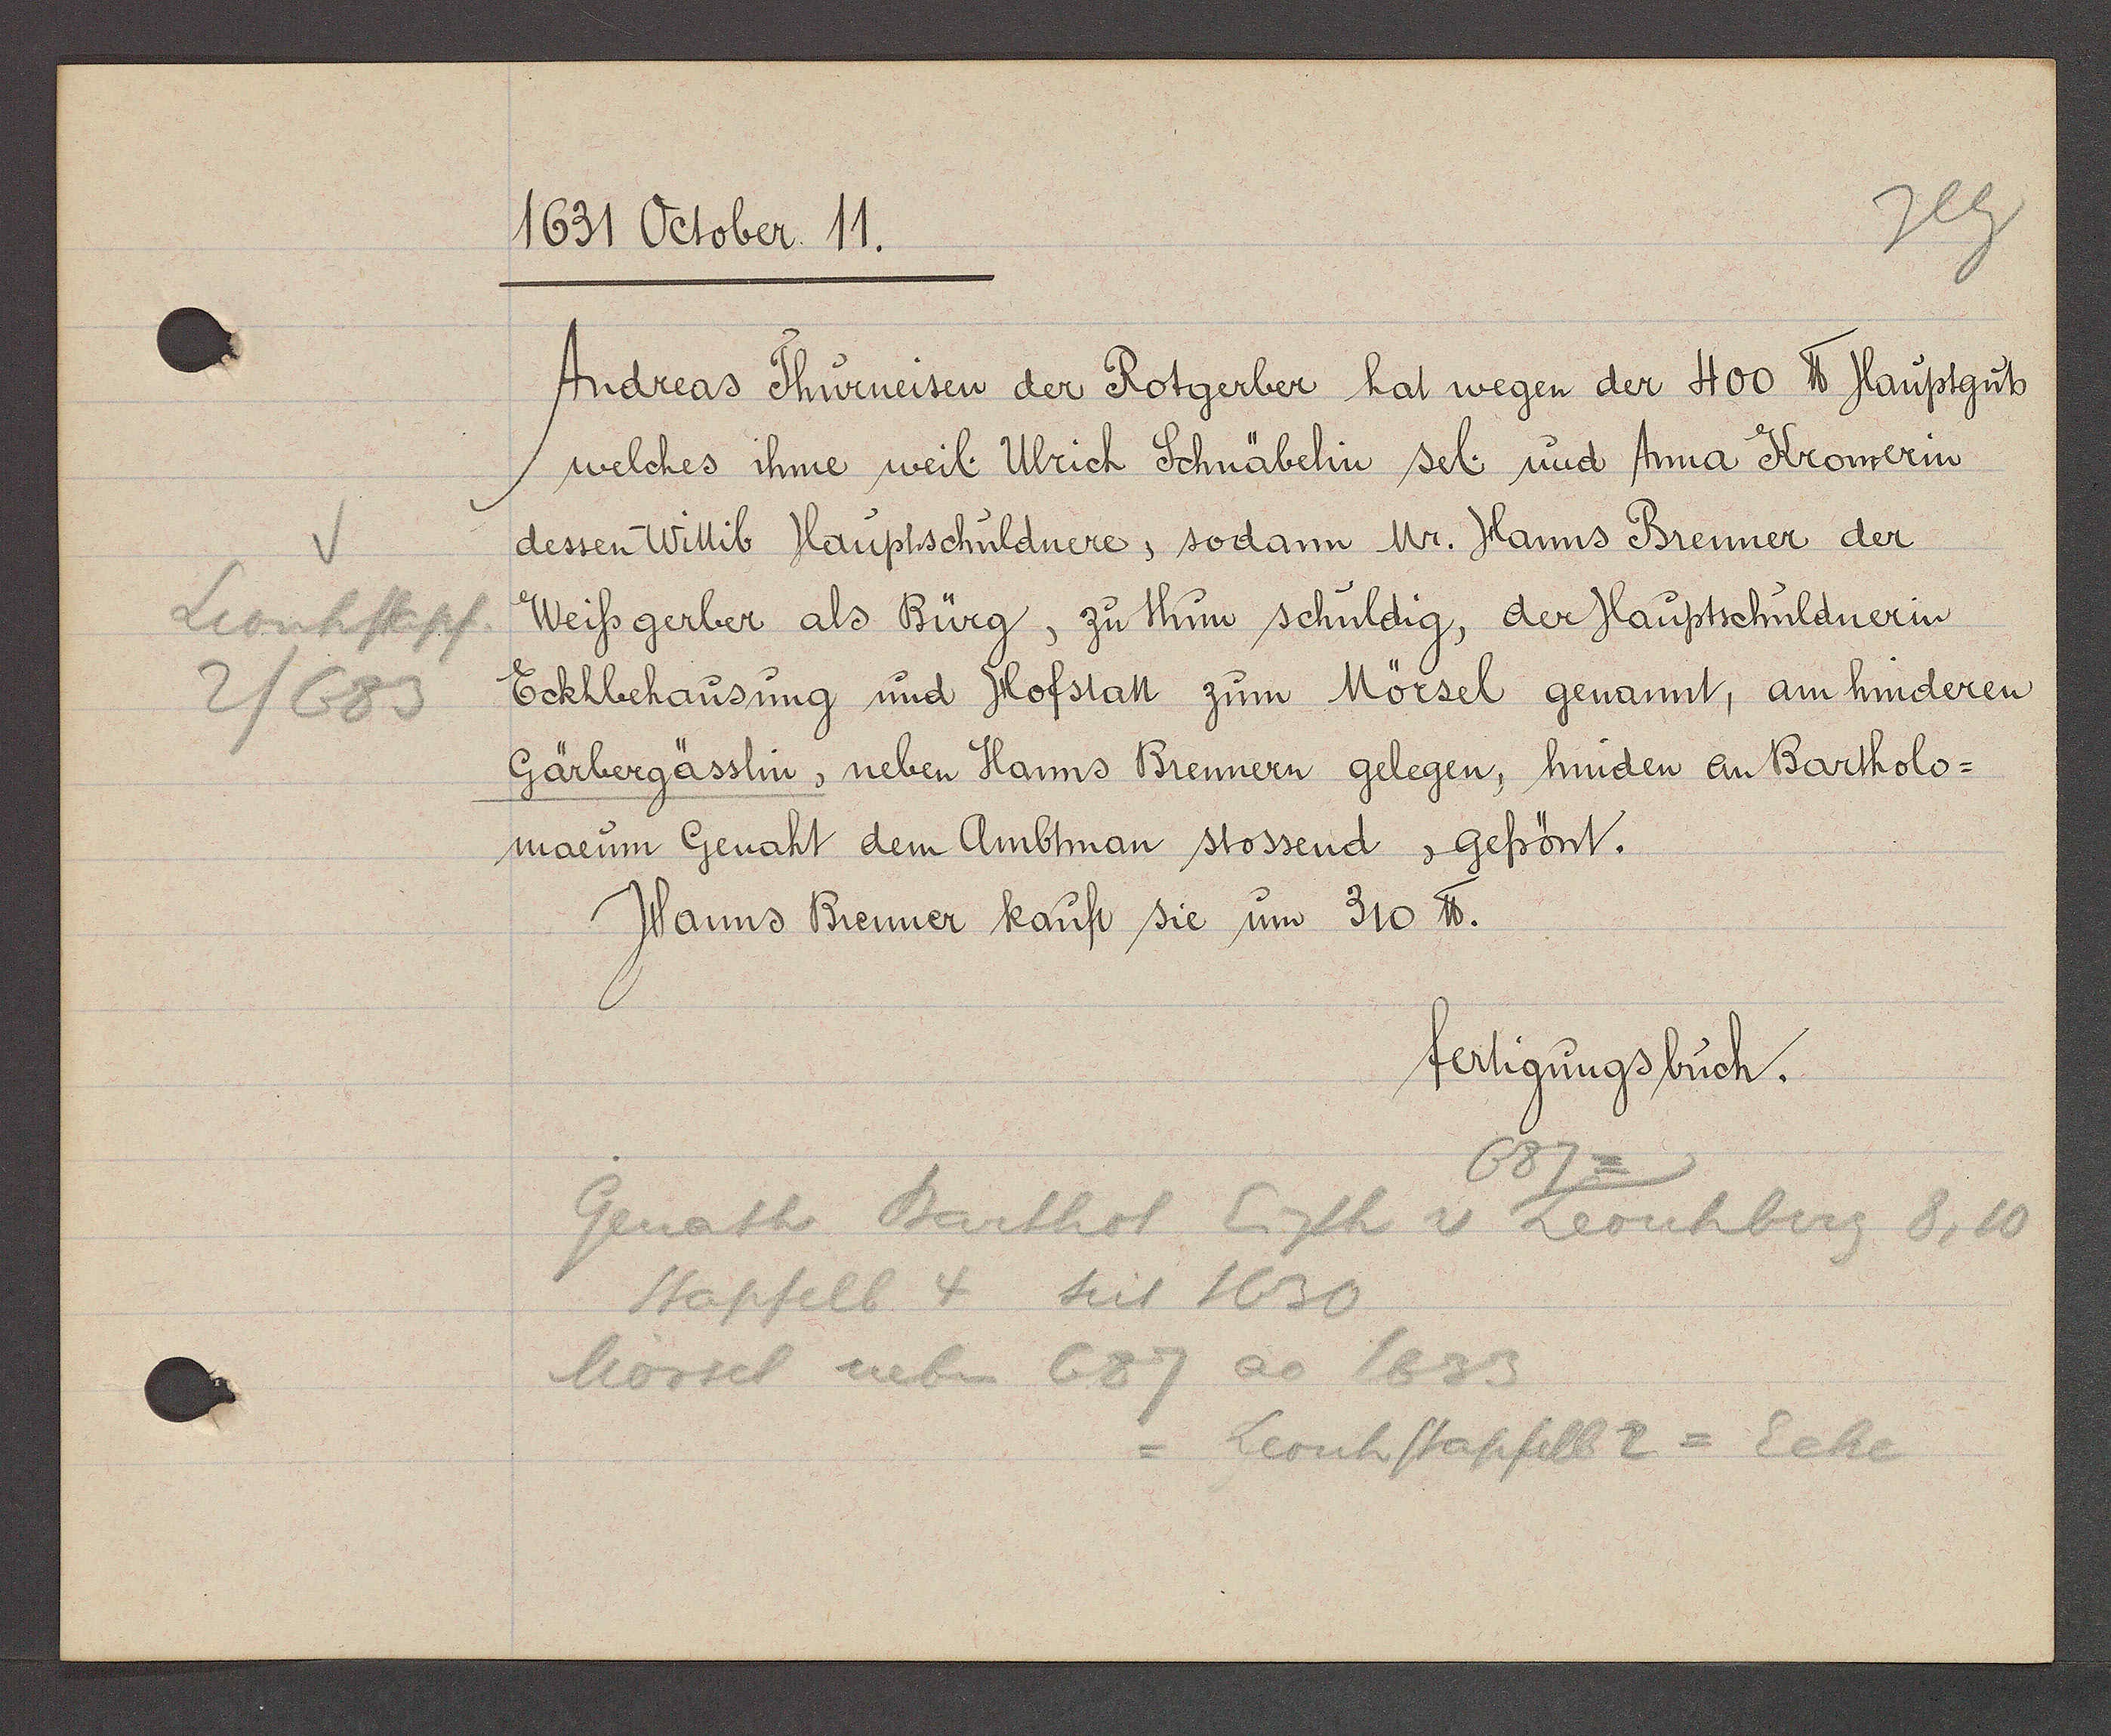
Transcript:
Leonhstapf
2/683

1631 October. 11.

Andreas Thurneisen der Rotgerber hat wegen der 400 ℔ Hauptguts
welches ihme weil Ulrich Schnäbelin sel. und Anna Kromerin
dessen Wittib Hauptschuldnere, sodann Mr. Hanns Brenner der
Weissgerber als Bürg, zu thun schuldig, der Hauptschuldnerin
Eckhbehausung und Hofstatt zum Mörsel genannt, am hinderen
Gärbergässlin, neben Hanns Brennern gelegen, hinden an Bartholo¬
maeum Genaht dem Ambtman stossend, gefrönt.
Hanns Brenner kauft sie um 310 ℔.
687

fertigungsbuch.

Genath Barthol Eigth v. Leonhberg 8,10
Stapfelb 4 seit 1630
Mörsel neben 687 ao 1633
= Leonhstapfelb 2 = Ecke